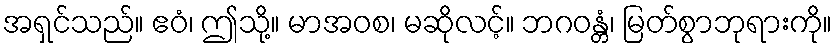
အရှင်သည်။ ဧဝံ၊ ဤသို့။ မာအဝစ၊ မဆိုလင့်။ ဘဂဝန္တံ၊ မြတ်စွာဘုရားကို။